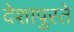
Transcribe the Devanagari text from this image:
देशापुरते